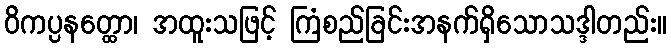
ဝိကပ္ပနတ္ထော၊ အထူးသဖြင့် ကြံစည်ခြင်းအနက်ရှိသောသဒ္ဒါတည်း။